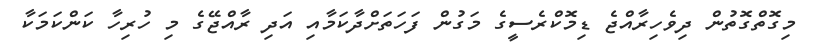
މިގޮތްގޮތުން ދިވެހިރާއްޖެ ޑިމޮކްރެސީގެ މަގުން ފަހަތަށްދާކަމާއި އަދި ރާއްޖޭގެ މި ހުރިހާ ކަންކަމަކާ